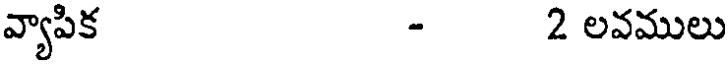
వ్యాపిక - 2 లవములు